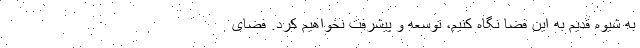
به شیوه قدیم به این فضا نگاه کنیم، توسعه و پیشرفت نخواهیم کرد. فضای